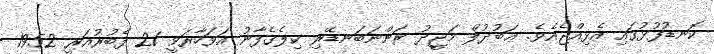
ކޮނޑުފުޅުގައި އެޅިއްޖެއެވެ. ޢަބުދުލް މަޖީދު ރަންނަބަނޑޭރި ކިލެގެފާނު އަވަހާރަވީ 21 ފެބުރުއަރީ 1952